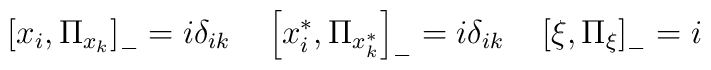
\left[ x_{i},\Pi _{x_{k}}\right] _{-}=i\delta _{ik}\quad \left[x^{*}_{i},\Pi _{x_{k}^{*}}\right] _{-}=i\delta _{ik}\quad \left[ \xi ,\Pi_{\xi }\right] _{-}=i